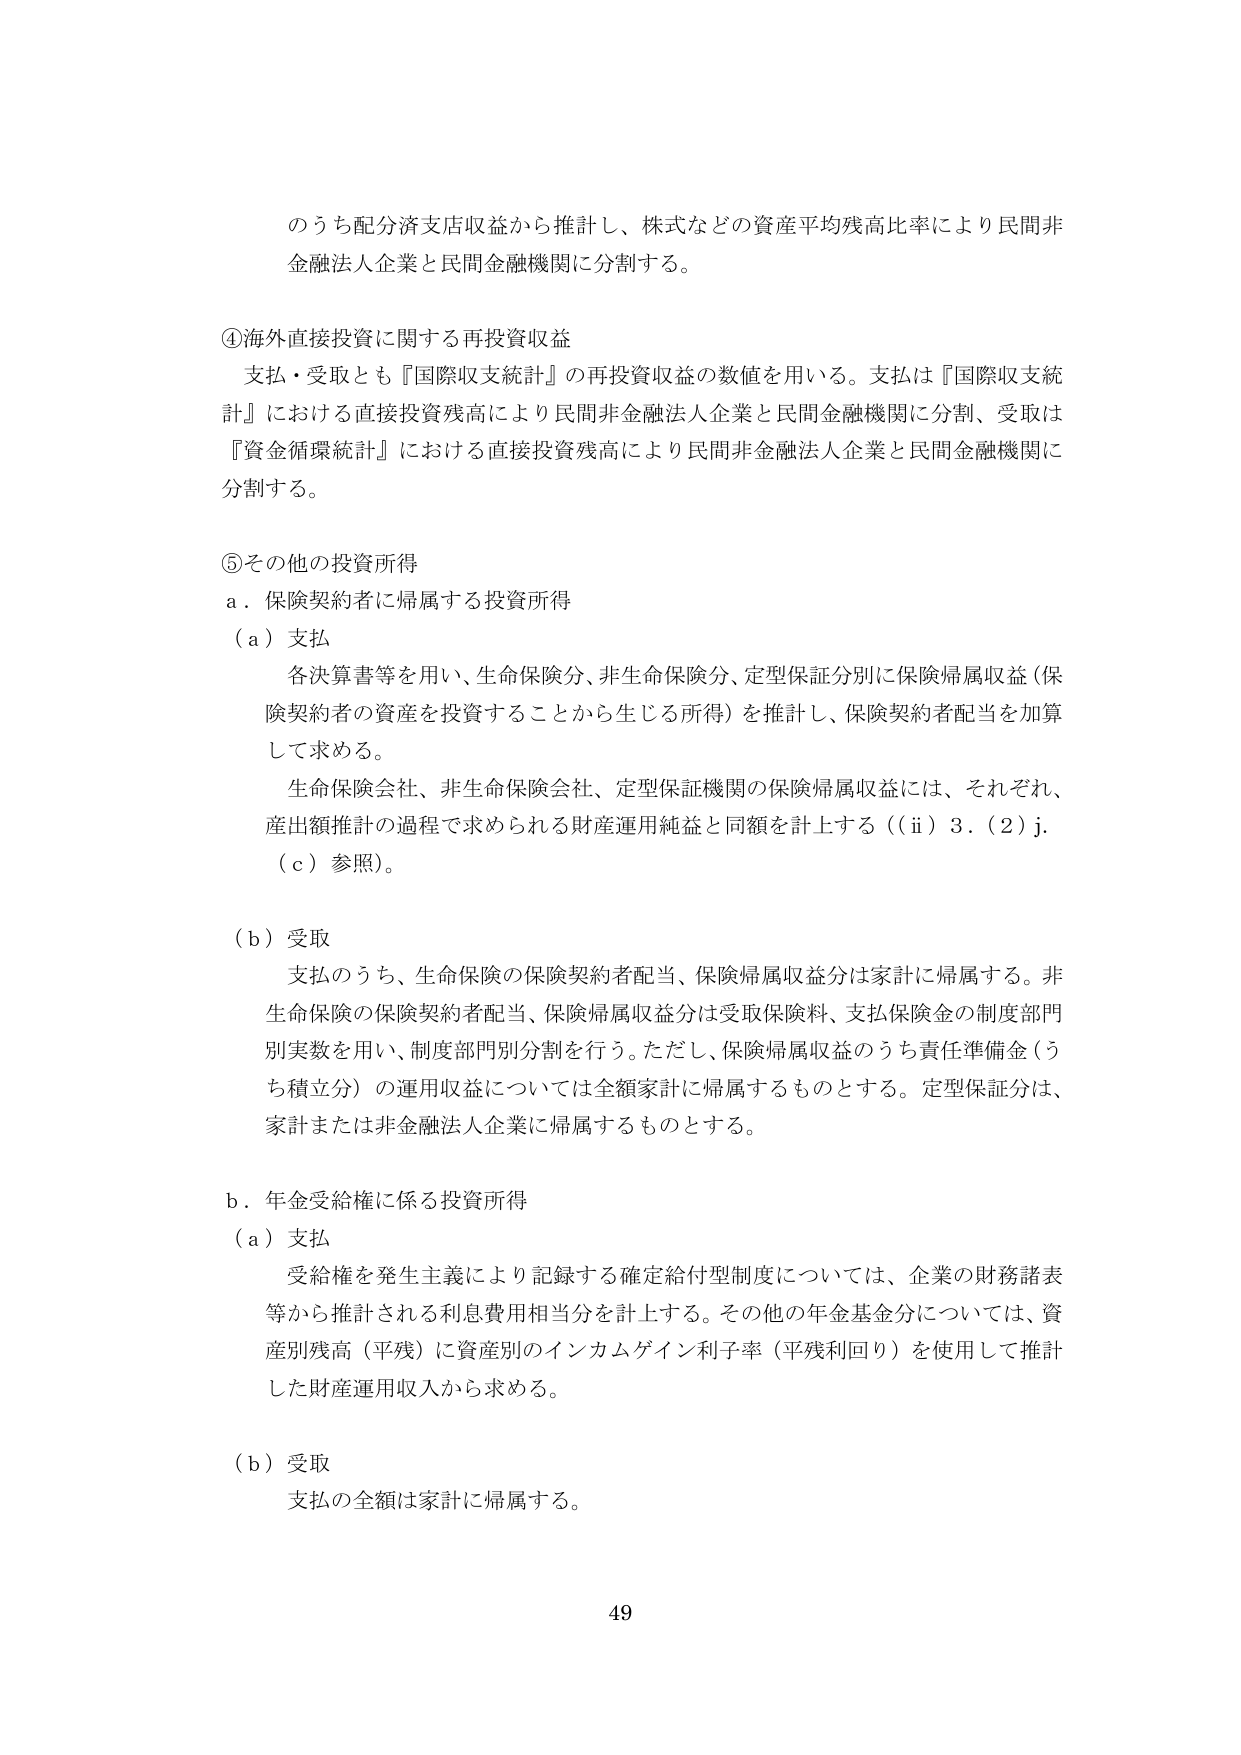
のうち配分済支店収益から推計し、株式などの資産平均残高比率により民間非金融法人企業と民間金融機関に分割する。

④海外直接投資に関する再投資収益
支払・受取とも『国際収支統計』の再投資収益の数値を用いる。支払は『国際収支統計』における直接投資残高により民間非金融法人企業と民間金融機関に分割、受取は『資金循環統計』における直接投資残高により民間非金融法人企業と民間金融機関に分割する。

⑤その他の投資所得
a．保険契約者に帰属する投資所得
（a）支払
各決算書等を用い、生命保険分、非生命保険分、定型保証分別に保険帰属収益（保険契約者の資産を投資することから生じる所得）を推計し、保険契約者配当を加算して求める。
生命保険会社、非生命保険会社、定型保証機関の保険帰属収益には、それぞれ、産出額推計の過程で求められる財産運用純益と同額を計上する（（ⅱ）3．（2）j．（c）参照）。

（b）受取
支払のうち、生命保険の保険契約者配当、保険帰属収益分は家計に帰属する。非生命保険の保険契約者配当、保険帰属収益分は受取保険料、支払保険金の制度部門別実数を用い、制度部門別分割を行う。ただし、保険帰属収益のうち責任準備金（うち積立分）の運用収益については全額家計に帰属するものとする。定型保証分は、家計または非金融法人企業に帰属するものとする。

b．年金受給権に係る投資所得
（a）支払
受給権を発生主義により記録する確定給付型制度については、企業の財務諸表等から推計される利息費用相当分を計上する。その他の年金基金分については、資産別残高（平残）に資産別のインカムゲイン利子率（平残利回り）を使用して推計した財産運用収入から求める。

（b）受取
支払の全額は家計に帰属する。

49